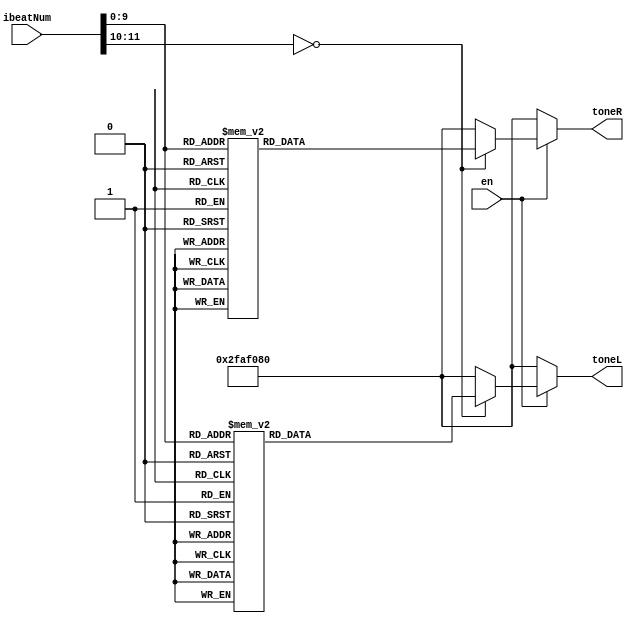
`define c   32'd262   
`define d   32'd294
`define e   32'd330
`define f   32'd349
`define g   32'd392   
`define a   32'd440
`define b   32'd494   
`define hc  32'd524   
`define hd  32'd588   
`define he  32'd660   
`define hf  32'd698   
`define hg  32'd784   
`define ha  32'd880
`define hb  32'd988   
`define sil 32'd50000000

module music_example (
	input [11:0] ibeatNum,
	input en,
	output reg [31:0] toneL,
    output reg [31:0] toneR
);

    always @* begin
        if(en == 1) begin
            case(ibeatNum)
                12'd0: toneR =`g; 12'd1: toneR =`g;
                12'd2: toneR =`g; 12'd3: toneR =`g;
                12'd4: toneR =`a; 12'd5: toneR =`a;
                12'd6: toneR =`a; 12'd7: toneR =`a;
                12'd8: toneR =`hc; 12'd9: toneR =`hc;
                12'd10: toneR =`hc; 12'd11: toneR =`hc;
                12'd12: toneR =`a; 12'd13: toneR =`a;
                12'd14: toneR =`a; 12'd15: toneR =`a;
                
                12'd16: toneR =`he; 12'd17: toneR =`he;
                12'd18: toneR =`he; 12'd19: toneR =`he;
                12'd20: toneR =`he; 12'd21: toneR =`he;
                12'd22: toneR =`he; 12'd23: toneR =`he;
                12'd24: toneR =`he; 12'd25: toneR =`he;
                12'd26: toneR =`he; 12'd27: toneR =`sil;
                12'd28: toneR =`he; 12'd29: toneR =`he;
                12'd30: toneR =`he; 12'd31: toneR =`he;
                
                12'd32: toneR =`he; 12'd33: toneR =`he;
                12'd34: toneR =`he; 12'd35: toneR =`he;
                12'd36: toneR =`he; 12'd37: toneR =`he;
                12'd38: toneR =`he; 12'd39: toneR =`he;
                12'd40: toneR =`hd; 12'd41: toneR =`hd;
                12'd42: toneR =`hd; 12'd43: toneR =`hd;
                12'd44: toneR =`hd; 12'd45: toneR =`hd;
                12'd46: toneR =`hd; 12'd47: toneR =`hd;
                
                12'd48: toneR =`hd; 12'd49: toneR =`hd;
                12'd50: toneR =`hd; 12'd51: toneR =`hd;
                12'd52: toneR =`hd; 12'd53: toneR =`hd;
                12'd54: toneR =`hd; 12'd55: toneR =`hd;
                12'd56: toneR =`sil; 12'd57: toneR =`sil;
                12'd58: toneR =`sil; 12'd59: toneR =`sil;
                12'd60: toneR =`sil; 12'd61: toneR =`sil;
                12'd62: toneR =`sil; 12'd63: toneR =`sil;
                
                12'd64: toneR =`g; 12'd65: toneR =`g;
                12'd66: toneR =`g; 12'd67: toneR =`g;
                12'd68: toneR =`a; 12'd69: toneR =`a;
                12'd70: toneR =`a; 12'd71: toneR =`a;
                12'd72: toneR =`hc; 12'd73: toneR =`hc;
                12'd74: toneR =`hc; 12'd75: toneR =`hc;
                12'd76: toneR =`a; 12'd77: toneR =`a;
                12'd78: toneR =`a; 12'd79: toneR =`a;
                
                12'd80: toneR =`hd; 12'd81: toneR =`hd;
                12'd82: toneR =`hd; 12'd83: toneR =`hd;
                12'd84: toneR =`hd; 12'd85: toneR =`hd;
                12'd86: toneR =`hd; 12'd87: toneR =`hd;
                12'd88: toneR =`hd; 12'd89: toneR =`hd;
                12'd90: toneR =`hd; 12'd91: toneR =`sil;
                12'd92: toneR =`hd; 12'd93: toneR =`hd;
                12'd94: toneR =`hd; 12'd95: toneR =`hd;
                
                12'd96: toneR =`hd; 12'd97: toneR =`hd;
                12'd98: toneR =`hd; 12'd99: toneR =`hd;
                12'd100: toneR =`hd; 12'd101: toneR =`hd;
                12'd102: toneR =`hd; 12'd103: toneR =`hd;
                12'd104: toneR =`hc; 12'd105: toneR =`hc;
                12'd106: toneR =`hc; 12'd107: toneR =`hc;
                12'd108: toneR =`hc; 12'd109: toneR =`hc;
                12'd110: toneR =`hc; 12'd111: toneR =`hc;
                
                12'd112: toneR =`hc; 12'd113: toneR =`hc;
                12'd114: toneR =`hc; 12'd115: toneR =`hc;
                12'd116: toneR =`hc; 12'd117: toneR =`hc;
                12'd118: toneR =`hc; 12'd119: toneR =`hc;
                12'd120: toneR =`sil; 12'd121: toneR =`sil;
                12'd122: toneR =`sil; 12'd123: toneR =`sil;
                12'd124: toneR =`sil; 12'd125: toneR =`sil;
                12'd126: toneR =`sil; 12'd127: toneR =`sil;
                
                12'd128: toneR =`g; 12'd129: toneR =`g;
                12'd130: toneR =`g; 12'd131: toneR =`g;
                12'd132: toneR =`a; 12'd133: toneR =`a;
                12'd134: toneR =`a; 12'd135: toneR =`a;
                12'd136: toneR =`hc; 12'd137: toneR =`hc;
                12'd138: toneR =`hc; 12'd139: toneR =`hc;
                12'd140: toneR =`a; 12'd141: toneR =`a;
                12'd142: toneR =`a; 12'd143: toneR =`a;
                
                12'd144: toneR =`hc; 12'd145: toneR =`hc;
                12'd146: toneR =`hc; 12'd147: toneR =`hc;
                12'd148: toneR =`hc; 12'd149: toneR =`hc;
                12'd150: toneR =`hc; 12'd151: toneR =`hc;
                12'd152: toneR =`hc; 12'd153: toneR =`hc;
                12'd154: toneR =`hc; 12'd155: toneR =`hc;
                12'd156: toneR =`hc; 12'd157: toneR =`hc;
                12'd158: toneR =`hc; 12'd159: toneR =`hc;
                
                12'd160: toneR =`hd; 12'd161: toneR =`hd;
                12'd162: toneR =`hd; 12'd163: toneR =`hd;
                12'd164: toneR =`hd; 12'd165: toneR =`hd;
                12'd166: toneR =`hd; 12'd167: toneR =`hd;
                12'd168: toneR =`b; 12'd169: toneR =`b;
                12'd170: toneR =`b; 12'd171: toneR =`b;
                12'd172: toneR =`b; 12'd173: toneR =`b;
                12'd174: toneR =`b; 12'd175: toneR =`b;
                
                12'd176: toneR =`b; 12'd177: toneR =`b;
                12'd178: toneR =`b; 12'd179: toneR =`b;
                12'd180: toneR =`b; 12'd181: toneR =`b;
                12'd182: toneR =`b; 12'd183: toneR =`b;
                12'd184: toneR =`a; 12'd185: toneR =`a;
                12'd186: toneR =`a; 12'd187: toneR =`a;
                12'd188: toneR =`a; 12'd189: toneR =`a;
                12'd190: toneR =`a; 12'd191: toneR =`a;
                
                12'd192: toneR =`g; 12'd193: toneR =`g;
                12'd194: toneR =`g; 12'd195: toneR =`g;
                12'd196: toneR =`g; 12'd197: toneR =`g;
                12'd198: toneR =`g; 12'd199: toneR =`g;
                12'd200: toneR =`g; 12'd201: toneR =`g;
                12'd202: toneR =`g; 12'd203: toneR =`g;
                12'd204: toneR =`g; 12'd205: toneR =`g;
                12'd206: toneR =`g; 12'd207: toneR =`g;
                
                12'd208: toneR =`hd; 12'd209: toneR =`hd;
                12'd210: toneR =`hd; 12'd211: toneR =`hd;
                12'd212: toneR =`hd; 12'd213: toneR =`hd;
                12'd214: toneR =`hd; 12'd215: toneR =`hd;
                12'd216: toneR =`hd; 12'd217: toneR =`hd;
                12'd218: toneR =`hd; 12'd219: toneR =`hd;
                12'd220: toneR =`hd; 12'd221: toneR =`hd;
                12'd222: toneR =`hd; 12'd223: toneR =`hd;
                
                12'd224: toneR =`hc; 12'd225: toneR =`hc;
                12'd226: toneR =`hc; 12'd227: toneR =`hc;
                12'd228: toneR =`hc; 12'd229: toneR =`hc;
                12'd230: toneR =`hc; 12'd231: toneR =`hc;
                12'd232: toneR =`hc; 12'd233: toneR =`hc;
                12'd234: toneR =`hc; 12'd235: toneR =`hc;
                12'd236: toneR =`hc; 12'd237: toneR =`hc;
                12'd238: toneR =`hc; 12'd239: toneR =`hc;
                
                12'd240: toneR =`hc; 12'd241: toneR =`hc;
                12'd242: toneR =`hc; 12'd243: toneR =`hc;
                12'd244: toneR =`hc; 12'd245: toneR =`hc;
                12'd246: toneR =`hc; 12'd247: toneR =`hc;
                12'd248: toneR =`hc; 12'd249: toneR =`hc;
                12'd250: toneR =`hc; 12'd251: toneR =`hc;
                12'd252: toneR =`hc; 12'd253: toneR =`hc;
                12'd254: toneR =`hc; 12'd255: toneR =`hc;
                
                12'd256: toneR =`g; 12'd257: toneR =`g;
                12'd258: toneR =`g; 12'd259: toneR =`g;
                12'd260: toneR =`a; 12'd261: toneR =`a;
                12'd262: toneR =`a; 12'd263: toneR =`a;
                12'd264: toneR =`hc; 12'd265: toneR =`hc;
                12'd266: toneR =`hc; 12'd267: toneR =`hc;
                12'd268: toneR =`a; 12'd269: toneR =`a;
                12'd270: toneR =`a; 12'd271: toneR =`a;
                
                12'd272: toneR =`he; 12'd273: toneR =`he;
                12'd274: toneR =`he; 12'd275: toneR =`he;
                12'd276: toneR =`he; 12'd277: toneR =`he;
                12'd278: toneR =`he; 12'd279: toneR =`he;
                12'd280: toneR =`he; 12'd281: toneR =`he;
                12'd282: toneR =`he; 12'd283: toneR =`sil;
                12'd284: toneR =`he; 12'd285: toneR =`he;
                12'd286: toneR =`he; 12'd287: toneR =`he;
                
                12'd288: toneR =`he; 12'd289: toneR =`he;
                12'd290: toneR =`he; 12'd291: toneR =`he;
                12'd292: toneR =`he; 12'd293: toneR =`he;
                12'd294: toneR =`he; 12'd295: toneR =`he;
                12'd296: toneR =`hd; 12'd297: toneR =`hd;
                12'd298: toneR =`hd; 12'd299: toneR =`hd;
                12'd300: toneR =`hd; 12'd301: toneR =`hd;
                12'd302: toneR =`hd; 12'd303: toneR =`hd;
                
                12'd304: toneR =`hd; 12'd305: toneR =`hd;
                12'd306: toneR =`hd; 12'd307: toneR =`hd;
                12'd308: toneR =`hd; 12'd309: toneR =`hd;
                12'd310: toneR =`hd; 12'd311: toneR =`hd;
                12'd312: toneR =`sil; 12'd313: toneR =`sil;
                12'd314: toneR =`sil; 12'd315: toneR =`sil;
                12'd316: toneR =`sil; 12'd317: toneR =`sil;
                12'd318: toneR =`sil; 12'd319: toneR =`sil;
                
                12'd320: toneR =`g; 12'd321: toneR =`g;
                12'd322: toneR =`g; 12'd323: toneR =`g;
                12'd324: toneR =`a; 12'd325: toneR =`a;
                12'd326: toneR =`a; 12'd327: toneR =`a;
                12'd328: toneR =`hc; 12'd329: toneR =`hc;
                12'd330: toneR =`hc; 12'd331: toneR =`hc;
                12'd332: toneR =`a; 12'd333: toneR =`a;
                12'd334: toneR =`a; 12'd335: toneR =`a;
                
                12'd336: toneR =`hg; 12'd337: toneR =`hg;
                12'd338: toneR =`hg; 12'd339: toneR =`hg;
                12'd340: toneR =`hg; 12'd341: toneR =`hg;
                12'd342: toneR =`hg; 12'd343: toneR =`hg;
                12'd344: toneR =`hg; 12'd345: toneR =`hg;
                12'd346: toneR =`hg; 12'd347: toneR =`hg;
                12'd348: toneR =`hg; 12'd349: toneR =`hg;
                12'd350: toneR =`hg; 12'd351: toneR =`hg;
                
                12'd352: toneR =`b; 12'd353: toneR =`b;
                12'd354: toneR =`b; 12'd355: toneR =`b;
                12'd356: toneR =`b; 12'd357: toneR =`b;
                12'd358: toneR =`b; 12'd359: toneR =`b;
                12'd360: toneR =`hc; 12'd361: toneR =`hc;
                12'd362: toneR =`hc; 12'd363: toneR =`hc;
                12'd364: toneR =`hc; 12'd365: toneR =`hc;
                12'd366: toneR =`hc; 12'd367: toneR =`hc;
                
                12'd368: toneR =`hc; 12'd369: toneR =`hc;
                12'd370: toneR =`hc; 12'd371: toneR =`hc;
                12'd372: toneR =`b; 12'd373: toneR =`b;
                12'd374: toneR =`b; 12'd375: toneR =`b;
                12'd376: toneR =`a; 12'd377: toneR =`a;
                12'd378: toneR =`a; 12'd379: toneR =`a;
                12'd380: toneR =`a; 12'd381: toneR =`a;
                12'd382: toneR =`a; 12'd383: toneR =`a;
                
                12'd384: toneR =`g; 12'd385: toneR =`g;
                12'd386: toneR =`g; 12'd387: toneR =`g;
                12'd388: toneR =`a; 12'd389: toneR =`a;
                12'd390: toneR =`a; 12'd391: toneR =`a;
                12'd392: toneR =`hc; 12'd393: toneR =`hc;
                12'd394: toneR =`hc; 12'd395: toneR =`hc;
                12'd396: toneR =`a; 12'd397: toneR =`a;
                12'd398: toneR =`a; 12'd399: toneR =`a;
                
                12'd400: toneR =`hc; 12'd401: toneR =`hc;
                12'd402: toneR =`hc; 12'd403: toneR =`hc;
                12'd404: toneR =`hc; 12'd405: toneR =`hc;
                12'd406: toneR =`hc; 12'd407: toneR =`hc;
                12'd408: toneR =`hc; 12'd409: toneR =`hc;
                12'd410: toneR =`hc; 12'd411: toneR =`hc;
                12'd412: toneR =`hc; 12'd413: toneR =`hc;
                12'd414: toneR =`hc; 12'd415: toneR =`hc;
                
                12'd416: toneR =`hd; 12'd417: toneR =`hd;
                12'd418: toneR =`hd; 12'd419: toneR =`hd;
                12'd420: toneR =`hd; 12'd421: toneR =`hd;
                12'd422: toneR =`hd; 12'd423: toneR =`hd;
                12'd424: toneR =`b; 12'd425: toneR =`b;
                12'd426: toneR =`b; 12'd427: toneR =`b;
                12'd428: toneR =`b; 12'd429: toneR =`b;
                12'd430: toneR =`b; 12'd431: toneR =`b;
                
                12'd432: toneR =`b; 12'd433: toneR =`b;
                12'd434: toneR =`b; 12'd435: toneR =`b;
                12'd436: toneR =`b; 12'd437: toneR =`b;
                12'd438: toneR =`b; 12'd439: toneR =`b;
                12'd440: toneR =`a; 12'd441: toneR =`a;
                12'd442: toneR =`a; 12'd443: toneR =`a;
                12'd444: toneR =`a; 12'd445: toneR =`a;
                12'd446: toneR =`a; 12'd447: toneR =`a;
                
                12'd448: toneR =`g; 12'd449: toneR =`g;
                12'd450: toneR =`g; 12'd451: toneR =`g;
                12'd452: toneR =`g; 12'd453: toneR =`g;
                12'd454: toneR =`g; 12'd455: toneR =`g;
                12'd456: toneR =`g; 12'd457: toneR =`g;
                12'd458: toneR =`g; 12'd459: toneR =`g;
                12'd460: toneR =`g; 12'd461: toneR =`g;
                12'd462: toneR =`g; 12'd463: toneR =`g;
                
                12'd464: toneR =`hd; 12'd465: toneR =`hd;
                12'd466: toneR =`hd; 12'd467: toneR =`hd;
                12'd468: toneR =`hd; 12'd469: toneR =`hd;
                12'd470: toneR =`hd; 12'd471: toneR =`hd;
                12'd472: toneR =`hd; 12'd473: toneR =`hd;
                12'd474: toneR =`hd; 12'd475: toneR =`hd;
                12'd476: toneR =`hd; 12'd477: toneR =`hd;
                12'd478: toneR =`hd; 12'd479: toneR =`hd;
                
                12'd480: toneR =`hc; 12'd481: toneR =`hc;
                12'd482: toneR =`hc; 12'd483: toneR =`hc;
                12'd484: toneR =`hc; 12'd485: toneR =`hc;
                12'd486: toneR =`hc; 12'd487: toneR =`hc;
                12'd488: toneR =`hc; 12'd489: toneR =`hc;
                12'd490: toneR =`hc; 12'd491: toneR =`hc;
                12'd492: toneR =`hc; 12'd493: toneR =`hc;
                12'd494: toneR =`hc; 12'd495: toneR =`hc;
                
                12'd496: toneR =`hc; 12'd497: toneR =`hc;
                12'd498: toneR =`hc; 12'd499: toneR =`hc;
                12'd500: toneR =`hc; 12'd501: toneR =`hc;
                12'd502: toneR =`hc; 12'd503: toneR =`hc;
                12'd504: toneR =`hc; 12'd505: toneR =`hc;
                12'd506: toneR =`hc; 12'd507: toneR =`hc;
                12'd508: toneR =`hc; 12'd509: toneR =`hc;
                12'd510: toneR =`hc; 12'd511: toneR =`hc;
                
                12'd512: toneR =`sil; 12'd513: toneR =`sil;
                12'd514: toneR =`sil; 12'd515: toneR =`sil;
                12'd516: toneR =`sil; 12'd517: toneR =`sil;
                12'd518: toneR =`sil; 12'd519: toneR =`sil;
                12'd520: toneR =`sil; 12'd521: toneR =`sil;
                12'd522: toneR =`sil; 12'd523: toneR =`sil;
                12'd524: toneR =`sil; 12'd525: toneR =`sil;
                12'd526: toneR =`sil; 12'd527: toneR =`sil;

                default: toneR = `sil;
            endcase
        end else begin
            toneR = `sil;
        end
    end

    always @(*) begin
        if(en == 1)begin
            case(ibeatNum)
                12'd0: toneL =`g; 12'd1: toneL =`g;
                12'd2: toneL =`g; 12'd3: toneL =`g;
                12'd4: toneL =`a; 12'd5: toneL =`a;
                12'd6: toneL =`a; 12'd7: toneL =`a;
                12'd8: toneL =`hc; 12'd9: toneL =`hc;
                12'd10: toneL =`hc; 12'd11: toneL =`hc;
                12'd12: toneL =`a; 12'd13: toneL =`a;
                12'd14: toneL =`a; 12'd15: toneL =`a;

                12'd16: toneL =`he; 12'd17: toneL =`he;
                12'd18: toneL =`he; 12'd19: toneL =`he;
                12'd20: toneL =`he; 12'd21: toneL =`he;
                12'd22: toneL =`he; 12'd23: toneL =`he;
                12'd24: toneL =`he; 12'd25: toneL =`he;
                12'd26: toneL =`he; 12'd27: toneL =`sil;
                12'd28: toneL =`he; 12'd29: toneL =`he;
                12'd30: toneL =`he; 12'd31: toneL =`he;

                12'd32: toneL =`he; 12'd33: toneL =`he;
                12'd34: toneL =`he; 12'd35: toneL =`he;
                12'd36: toneL =`he; 12'd37: toneL =`he;
                12'd38: toneL =`he; 12'd39: toneL =`he;
                12'd40: toneL =`hd; 12'd41: toneL =`hd;
                12'd42: toneL =`hd; 12'd43: toneL =`hd;
                12'd44: toneL =`hd; 12'd45: toneL =`hd;
                12'd46: toneL =`hd; 12'd47: toneL =`hd;

                12'd48: toneL =`hd; 12'd49: toneL =`hd;
                12'd50: toneL =`hd; 12'd51: toneL =`hd;
                12'd52: toneL =`hd; 12'd53: toneL =`hd;
                12'd54: toneL =`hd; 12'd55: toneL =`hd;
                12'd56: toneL =`sil; 12'd57: toneL =`sil;
                12'd58: toneL =`sil; 12'd59: toneL =`sil;
                12'd60: toneL =`sil; 12'd61: toneL =`sil;
                12'd62: toneL =`sil; 12'd63: toneL =`sil;

                12'd64: toneL =`g; 12'd65: toneL =`g;
                12'd66: toneL =`g; 12'd67: toneL =`g;
                12'd68: toneL =`a; 12'd69: toneL =`a;
                12'd70: toneL =`a; 12'd71: toneL =`a;
                12'd72: toneL =`hc; 12'd73: toneL =`hc;
                12'd74: toneL =`hc; 12'd75: toneL =`hc;
                12'd76: toneL =`a; 12'd77: toneL =`a;
                12'd78: toneL =`a; 12'd79: toneL =`a;

                12'd80: toneL =`hd; 12'd81: toneL =`hd;
                12'd82: toneL =`hd; 12'd83: toneL =`hd;
                12'd84: toneL =`hd; 12'd85: toneL =`hd;
                12'd86: toneL =`hd; 12'd87: toneL =`hd;
                12'd88: toneL =`hd; 12'd89: toneL =`hd;
                12'd90: toneL =`hd; 12'd91: toneL =`sil;
                12'd92: toneL =`hd; 12'd93: toneL =`hd;
                12'd94: toneL =`hd; 12'd95: toneL =`hd;

                12'd96: toneL =`hd; 12'd97: toneL =`hd;
                12'd98: toneL =`hd; 12'd99: toneL =`hd;
                12'd100: toneL =`hd; 12'd101: toneL =`hd;
                12'd102: toneL =`hd; 12'd103: toneL =`hd;
                12'd104: toneL =`hc; 12'd105: toneL =`hc;
                12'd106: toneL =`hc; 12'd107: toneL =`hc;
                12'd108: toneL =`hc; 12'd109: toneL =`hc;
                12'd110: toneL =`hc; 12'd111: toneL =`hc;

                12'd112: toneL =`hc; 12'd113: toneL =`hc;
                12'd114: toneL =`hc; 12'd115: toneL =`hc;
                12'd116: toneL =`hc; 12'd117: toneL =`hc;
                12'd118: toneL =`hc; 12'd119: toneL =`hc;
                12'd120: toneL =`sil; 12'd121: toneL =`sil;
                12'd122: toneL =`sil; 12'd123: toneL =`sil;
                12'd124: toneL =`sil; 12'd125: toneL =`sil;
                12'd126: toneL =`sil; 12'd127: toneL =`sil;

                12'd128: toneL =`g; 12'd129: toneL =`g;
                12'd130: toneL =`g; 12'd131: toneL =`g;
                12'd132: toneL =`a; 12'd133: toneL =`a;
                12'd134: toneL =`a; 12'd135: toneL =`a;
                12'd136: toneL =`hc; 12'd137: toneL =`hc;
                12'd138: toneL =`hc; 12'd139: toneL =`hc;
                12'd140: toneL =`a; 12'd141: toneL =`a;
                12'd142: toneL =`a; 12'd143: toneL =`a;

                12'd144: toneL =`hc; 12'd145: toneL =`hc;
                12'd146: toneL =`hc; 12'd147: toneL =`hc;
                12'd148: toneL =`hc; 12'd149: toneL =`hc;
                12'd150: toneL =`hc; 12'd151: toneL =`hc;
                12'd152: toneL =`hc; 12'd153: toneL =`hc;
                12'd154: toneL =`hc; 12'd155: toneL =`hc;
                12'd156: toneL =`hc; 12'd157: toneL =`hc;
                12'd158: toneL =`hc; 12'd159: toneL =`hc;

                12'd160: toneL =`hd; 12'd161: toneL =`hd;
                12'd162: toneL =`hd; 12'd163: toneL =`hd;
                12'd164: toneL =`hd; 12'd165: toneL =`hd;
                12'd166: toneL =`hd; 12'd167: toneL =`hd;
                12'd168: toneL =`b; 12'd169: toneL =`b;
                12'd170: toneL =`b; 12'd171: toneL =`b;
                12'd172: toneL =`b; 12'd173: toneL =`b;
                12'd174: toneL =`b; 12'd175: toneL =`b;

                12'd176: toneL =`b; 12'd177: toneL =`b;
                12'd178: toneL =`b; 12'd179: toneL =`b;
                12'd180: toneL =`b; 12'd181: toneL =`b;
                12'd182: toneL =`b; 12'd183: toneL =`b;
                12'd184: toneL =`a; 12'd185: toneL =`a;
                12'd186: toneL =`a; 12'd187: toneL =`a;
                12'd188: toneL =`a; 12'd189: toneL =`a;
                12'd190: toneL =`a; 12'd191: toneL =`a;

                12'd192: toneL =`g; 12'd193: toneL =`g;
                12'd194: toneL =`g; 12'd195: toneL =`g;
                12'd196: toneL =`g; 12'd197: toneL =`g;
                12'd198: toneL =`g; 12'd199: toneL =`g;
                12'd200: toneL =`g; 12'd201: toneL =`g;
                12'd202: toneL =`g; 12'd203: toneL =`g;
                12'd204: toneL =`g; 12'd205: toneL =`g;
                12'd206: toneL =`g; 12'd207: toneL =`g;

                12'd208: toneL =`hd; 12'd209: toneL =`hd;
                12'd210: toneL =`hd; 12'd211: toneL =`hd;
                12'd212: toneL =`hd; 12'd213: toneL =`hd;
                12'd214: toneL =`hd; 12'd215: toneL =`hd;
                12'd216: toneL =`hd; 12'd217: toneL =`hd;
                12'd218: toneL =`hd; 12'd219: toneL =`hd;
                12'd220: toneL =`hd; 12'd221: toneL =`hd;
                12'd222: toneL =`hd; 12'd223: toneL =`hd;

                12'd224: toneL =`hc; 12'd225: toneL =`hc;
                12'd226: toneL =`hc; 12'd227: toneL =`hc;
                12'd228: toneL =`hc; 12'd229: toneL =`hc;
                12'd230: toneL =`hc; 12'd231: toneL =`hc;
                12'd232: toneL =`hc; 12'd233: toneL =`hc;
                12'd234: toneL =`hc; 12'd235: toneL =`hc;
                12'd236: toneL =`hc; 12'd237: toneL =`hc;
                12'd238: toneL =`hc; 12'd239: toneL =`hc;

                12'd240: toneL =`hc; 12'd241: toneL =`hc;
                12'd242: toneL =`hc; 12'd243: toneL =`hc;
                12'd244: toneL =`hc; 12'd245: toneL =`hc;
                12'd246: toneL =`hc; 12'd247: toneL =`hc;
                12'd248: toneL =`hc; 12'd249: toneL =`hc;
                12'd250: toneL =`hc; 12'd251: toneL =`hc;
                12'd252: toneL =`hc; 12'd253: toneL =`hc;
                12'd254: toneL =`hc; 12'd255: toneL =`hc;

                12'd256: toneL =`g; 12'd257: toneL =`g;
                12'd258: toneL =`g; 12'd259: toneL =`g;
                12'd260: toneL =`a; 12'd261: toneL =`a;
                12'd262: toneL =`a; 12'd263: toneL =`a;
                12'd264: toneL =`hc; 12'd265: toneL =`hc;
                12'd266: toneL =`hc; 12'd267: toneL =`hc;
                12'd268: toneL =`a; 12'd269: toneL =`a;
                12'd270: toneL =`a; 12'd271: toneL =`a;

                12'd272: toneL =`he; 12'd273: toneL =`he;
                12'd274: toneL =`he; 12'd275: toneL =`he;
                12'd276: toneL =`he; 12'd277: toneL =`he;
                12'd278: toneL =`he; 12'd279: toneL =`he;
                12'd280: toneL =`he; 12'd281: toneL =`he;
                12'd282: toneL =`he; 12'd283: toneL =`sil;
                12'd284: toneL =`he; 12'd285: toneL =`he;
                12'd286: toneL =`he; 12'd287: toneL =`he;

                12'd288: toneL =`he; 12'd289: toneL =`he;
                12'd290: toneL =`he; 12'd291: toneL =`he;
                12'd292: toneL =`he; 12'd293: toneL =`he;
                12'd294: toneL =`he; 12'd295: toneL =`he;
                12'd296: toneL =`hd; 12'd297: toneL =`hd;
                12'd298: toneL =`hd; 12'd299: toneL =`hd;
                12'd300: toneL =`hd; 12'd301: toneL =`hd;
                12'd302: toneL =`hd; 12'd303: toneL =`hd;

                12'd304: toneL =`hd; 12'd305: toneL =`hd;
                12'd306: toneL =`hd; 12'd307: toneL =`hd;
                12'd308: toneL =`hd; 12'd309: toneL =`hd;
                12'd310: toneL =`hd; 12'd311: toneL =`hd;
                12'd312: toneL =`sil; 12'd313: toneL =`sil;
                12'd314: toneL =`sil; 12'd315: toneL =`sil;
                12'd316: toneL =`sil; 12'd317: toneL =`sil;
                12'd318: toneL =`sil; 12'd319: toneL =`sil;

                12'd320: toneL =`g; 12'd321: toneL =`g;
                12'd322: toneL =`g; 12'd323: toneL =`g;
                12'd324: toneL =`a; 12'd325: toneL =`a;
                12'd326: toneL =`a; 12'd327: toneL =`a;
                12'd328: toneL =`hc; 12'd329: toneL =`hc;
                12'd330: toneL =`hc; 12'd331: toneL =`hc;
                12'd332: toneL =`a; 12'd333: toneL =`a;
                12'd334: toneL =`a; 12'd335: toneL =`a;

                12'd336: toneL =`hg; 12'd337: toneL =`hg;
                12'd338: toneL =`hg; 12'd339: toneL =`hg;
                12'd340: toneL =`hg; 12'd341: toneL =`hg;
                12'd342: toneL =`hg; 12'd343: toneL =`hg;
                12'd344: toneL =`hg; 12'd345: toneL =`hg;
                12'd346: toneL =`hg; 12'd347: toneL =`hg;
                12'd348: toneL =`hg; 12'd349: toneL =`hg;
                12'd350: toneL =`hg; 12'd351: toneL =`hg;

                12'd352: toneL =`b; 12'd353: toneL =`b;
                12'd354: toneL =`b; 12'd355: toneL =`b;
                12'd356: toneL =`b; 12'd357: toneL =`b;
                12'd358: toneL =`b; 12'd359: toneL =`b;
                12'd360: toneL =`hc; 12'd361: toneL =`hc;
                12'd362: toneL =`hc; 12'd363: toneL =`hc;
                12'd364: toneL =`hc; 12'd365: toneL =`hc;
                12'd366: toneL =`hc; 12'd367: toneL =`hc;

                12'd368: toneL =`hc; 12'd369: toneL =`hc;
                12'd370: toneL =`hc; 12'd371: toneL =`hc;
                12'd372: toneL =`b; 12'd373: toneL =`b;
                12'd374: toneL =`b; 12'd375: toneL =`b;
                12'd376: toneL =`a; 12'd377: toneL =`a;
                12'd378: toneL =`a; 12'd379: toneL =`a;
                12'd380: toneL =`a; 12'd381: toneL =`a;
                12'd382: toneL =`a; 12'd383: toneL =`a;

                12'd384: toneL =`g; 12'd385: toneL =`g;
                12'd386: toneL =`g; 12'd387: toneL =`g;
                12'd388: toneL =`a; 12'd389: toneL =`a;
                12'd390: toneL =`a; 12'd391: toneL =`a;
                12'd392: toneL =`hc; 12'd393: toneL =`hc;
                12'd394: toneL =`hc; 12'd395: toneL =`hc;
                12'd396: toneL =`a; 12'd397: toneL =`a;
                12'd398: toneL =`a; 12'd399: toneL =`a;

                12'd400: toneL =`hc; 12'd401: toneL =`hc;
                12'd402: toneL =`hc; 12'd403: toneL =`hc;
                12'd404: toneL =`hc; 12'd405: toneL =`hc;
                12'd406: toneL =`hc; 12'd407: toneL =`hc;
                12'd408: toneL =`hc; 12'd409: toneL =`hc;
                12'd410: toneL =`hc; 12'd411: toneL =`hc;
                12'd412: toneL =`hc; 12'd413: toneL =`hc;
                12'd414: toneL =`hc; 12'd415: toneL =`hc;

                12'd416: toneL =`hd; 12'd417: toneL =`hd;
                12'd418: toneL =`hd; 12'd419: toneL =`hd;
                12'd420: toneL =`hd; 12'd421: toneL =`hd;
                12'd422: toneL =`hd; 12'd423: toneL =`hd;
                12'd424: toneL =`b; 12'd425: toneL =`b;
                12'd426: toneL =`b; 12'd427: toneL =`b;
                12'd428: toneL =`b; 12'd429: toneL =`b;
                12'd430: toneL =`b; 12'd431: toneL =`b;

                12'd432: toneL =`b; 12'd433: toneL =`b;
                12'd434: toneL =`b; 12'd435: toneL =`b;
                12'd436: toneL =`b; 12'd437: toneL =`b;
                12'd438: toneL =`b; 12'd439: toneL =`b;
                12'd440: toneL =`a; 12'd441: toneL =`a;
                12'd442: toneL =`a; 12'd443: toneL =`a;
                12'd444: toneL =`a; 12'd445: toneL =`a;
                12'd446: toneL =`a; 12'd447: toneL =`a;

                12'd448: toneL =`g; 12'd449: toneL =`g;
                12'd450: toneL =`g; 12'd451: toneL =`g;
                12'd452: toneL =`g; 12'd453: toneL =`g;
                12'd454: toneL =`g; 12'd455: toneL =`g;
                12'd456: toneL =`g; 12'd457: toneL =`g;
                12'd458: toneL =`g; 12'd459: toneL =`g;
                12'd460: toneL =`g; 12'd461: toneL =`g;
                12'd462: toneL =`g; 12'd463: toneL =`g;

                12'd464: toneL =`hd; 12'd465: toneL =`hd;
                12'd466: toneL =`hd; 12'd467: toneL =`hd;
                12'd468: toneL =`hd; 12'd469: toneL =`hd;
                12'd470: toneL =`hd; 12'd471: toneL =`hd;
                12'd472: toneL =`hd; 12'd473: toneL =`hd;
                12'd474: toneL =`hd; 12'd475: toneL =`hd;
                12'd476: toneL =`hd; 12'd477: toneL =`hd;
                12'd478: toneL =`hd; 12'd479: toneL =`hd;

                12'd480: toneL =`hc; 12'd481: toneL =`hc;
                12'd482: toneL =`hc; 12'd483: toneL =`hc;
                12'd484: toneL =`hc; 12'd485: toneL =`hc;
                12'd486: toneL =`hc; 12'd487: toneL =`hc;
                12'd488: toneL =`hc; 12'd489: toneL =`hc;
                12'd490: toneL =`hc; 12'd491: toneL =`hc;
                12'd492: toneL =`hc; 12'd493: toneL =`hc;
                12'd494: toneL =`hc; 12'd495: toneL =`hc;

                12'd496: toneL =`hc; 12'd497: toneL =`hc;
                12'd498: toneL =`hc; 12'd499: toneL =`hc;
                12'd500: toneL =`hc; 12'd501: toneL =`hc;
                12'd502: toneL =`hc; 12'd503: toneL =`hc;
                12'd504: toneL =`hc; 12'd505: toneL =`hc;
                12'd506: toneL =`hc; 12'd507: toneL =`hc;
                12'd508: toneL =`hc; 12'd509: toneL =`hc;
                12'd510: toneL =`hc; 12'd511: toneL =`hc;

                12'd512: toneL =`sil; 12'd513: toneL =`sil;
                12'd514: toneL =`sil; 12'd515: toneL =`sil;
                12'd516: toneL =`sil; 12'd517: toneL =`sil;
                12'd518: toneL =`sil; 12'd519: toneL =`sil;
                12'd520: toneL =`sil; 12'd521: toneL =`sil;
                12'd522: toneL =`sil; 12'd523: toneL =`sil;
                12'd524: toneL =`sil; 12'd525: toneL =`sil;
                12'd526: toneL =`sil; 12'd527: toneL =`sil;

                default : toneL = `sil;
            endcase
        end
        else begin
            toneL = `sil;
        end
    end
endmodule